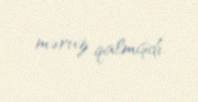
məruz qalmışdı.